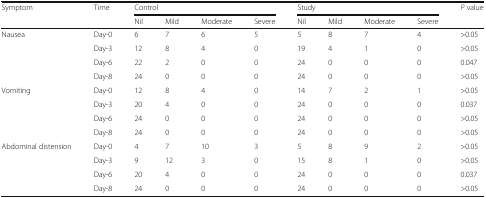
| <ROWSPAN=2> Symptom | <ROWSPAN=2> Time | <COLSPAN=4> Control | <COLSPAN=4> Study | <ROWSPAN=2> P value |
 | Nil | Mild | Moderate | Severe | Nil | Mild | Moderate | Severe |
 | --- | --- | --- | --- | --- | --- | --- | --- | --- | --- | --- |
 | <ROWSPAN=4> Nausea | Day-0 | 6 | 7 | 6 | 5 | 5 | 8 | 7 | 4 | >0.05 |
 | Day-3 | 12 | 8 | 4 | 0 | 19 | 4 | 1 | 0 | >0.05 |
 | Day-6 | 22 | 2 | 0 | 0 | 24 | 0 | 0 | 0 | 0.047 |
 | Day-8 | 24 | 0 | 0 | 0 | 24 | 0 | 0 | 0 | >0.05 |
 | <ROWSPAN=4> Vomiting | Day-0 | 12 | 8 | 4 | 0 | 14 | 7 | 2 | 1 | >0.05 |
 | Day-3 | 20 | 4 | 0 | 0 | 24 | 0 | 0 | 0 | 0.037 |
 | Day-6 | 24 | 0 | 0 | 0 | 24 | 0 | 0 | 0 | >0.05 |
 | Day-8 | 24 | 0 | 0 | 0 | 24 | 0 | 0 | 0 | >0.05 |
 | <ROWSPAN=4> Abdominal distension | Day-0 | 4 | 7 | 10 | 3 | 5 | 8 | 9 | 2 | >0.05 |
 | Day-3 | 9 | 12 | 3 | 0 | 15 | 8 | 1 | 0 | >0.05 |
 | Day-6 | 20 | 4 | 0 | 0 | 24 | 0 | 0 | 0 | 0.037 |
 | Day-8 | 24 | 0 | 0 | 0 | 24 | 0 | 0 | 0 | >0.05 |